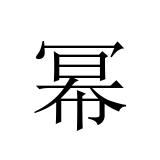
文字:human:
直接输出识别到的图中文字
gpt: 幂